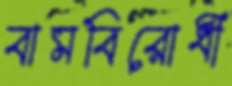
বামবিরোধী